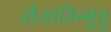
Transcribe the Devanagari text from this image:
तौआतिन्सुयु